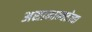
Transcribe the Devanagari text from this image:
असामान्यतेच्या